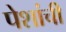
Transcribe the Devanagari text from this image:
पेशांची